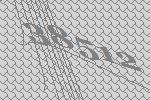
38512